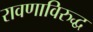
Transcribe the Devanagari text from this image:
रावणाविरुद्ध